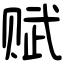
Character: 赋